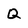
Character: Q